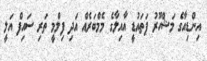
އިންޑިއާގެ މަޝްހޫރު ޕަތައުޑީ އާއިލާގެ މެމްބަރެއް އަދި ފިލްމީ ތަރި ސައިފް އަލީ